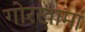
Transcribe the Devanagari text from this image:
गोरखामा